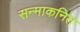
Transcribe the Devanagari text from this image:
सन्माकनित